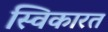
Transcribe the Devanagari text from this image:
स्विकारत